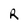
Character: R